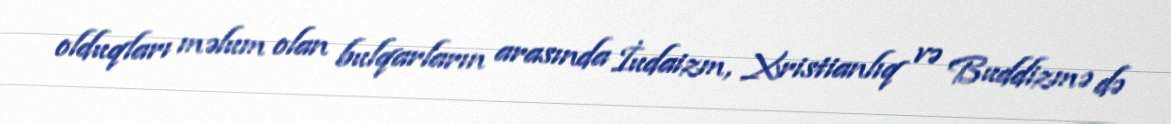
olduqları məlum olan bulqarların arasında İudaizm, Xristianlıq və Buddizmə də